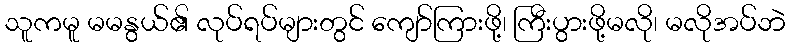
သူကမူ မမနွယ်၏ လုပ်ရပ်များတွင် ကျော်ကြားဖို့၊ ကြီးပွားဖို့မလို၊ မလိုအပ်ဘဲ